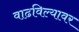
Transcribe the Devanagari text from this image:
वाढविल्यावर